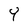
Character: Y